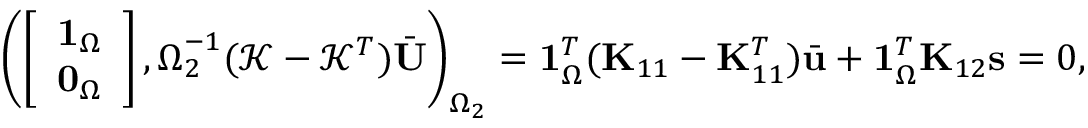
\begin{array} { r } { \left( \left[ \begin{array} { l } { \mathbf { 1 } _ { \Omega } } \\ { \mathbf { 0 } _ { \Omega } } \end{array} \right] , \boldsymbol { \Omega } _ { 2 } ^ { - 1 } ( \mathcal { K } - \mathcal { K } ^ { T } ) \bar { \mathbf { U } } \right) _ { \Omega _ { 2 } } = \mathbf { 1 } _ { \Omega } ^ { T } ( \mathbf { K } _ { 1 1 } - \mathbf { K } _ { 1 1 } ^ { T } ) \bar { \mathbf { u } } + \mathbf { 1 } _ { \Omega } ^ { T } \mathbf { K } _ { 1 2 } \mathbf { s } = 0 , } \end{array}